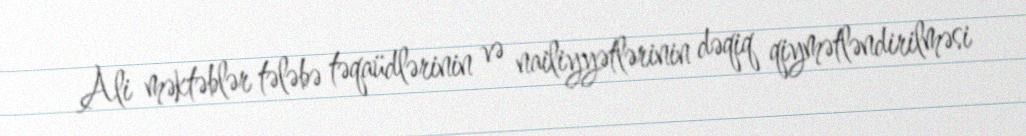
Ali məktəblər tələbə təqaüdlərinin və nailiyyətlərinin dəqiq qiymətləndirilməsi